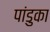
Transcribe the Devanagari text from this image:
पांडुका